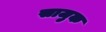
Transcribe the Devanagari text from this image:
साजुक